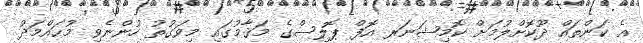
އެ ކަންތައް ދޫކޮށްލުމަށް ކޮމިޝަނަރ އޮފް ޕޮލިސްގެ މަޤާމުގައި މިވަގުތު ހުންނެވި މުޙައްމަދު